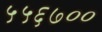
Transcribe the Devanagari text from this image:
५५६७००